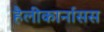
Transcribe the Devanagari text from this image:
हैलीकार्नासस